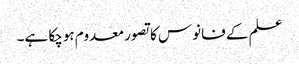
علم کے فانوس کا تصور معدوم ہوچکا ہے۔